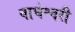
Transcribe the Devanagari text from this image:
वाघेश्वरी